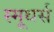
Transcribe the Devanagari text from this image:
स्मूथर्स